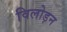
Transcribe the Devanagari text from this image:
विलोड़न